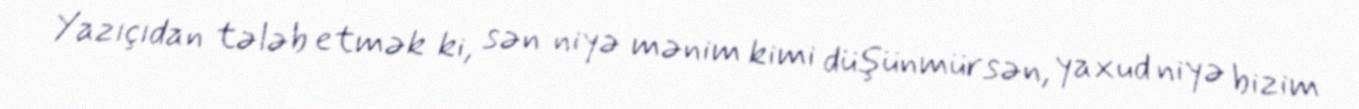
Yazıçıdan tələb etmək ki, sən niyə mənim kimi düşünmürsən, yaxud niyə bizim